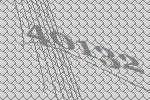
40132